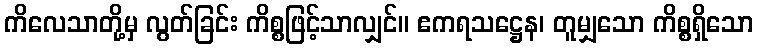
ကိလေသာတို့မှ လွတ်ခြင်း ကိစ္စဖြင့်သာလျှင်။ ဧကရသဋ္ဌေန၊ တူမျှသော ကိစ္စရှိသော